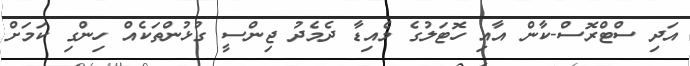
އަދި ސްޓްރޮސް-ކާން އާއި ހޮޓަލުގެ މެއިޑާ ދެމެދު ޖިންސީ ގުޅުންތަކެއް ހިންގި ކަމަށް